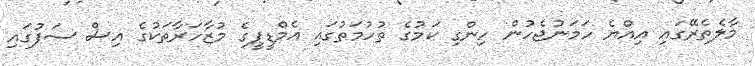
މާލެތެރޭގައި އިއްޔެ ހަމަނުޖެހުން ހިންގި ކަމުގެ ތުހުމަތުގައި އެމްޑީޕީގެ މުޒާހަރާތަކުގެ އިސް ސަފުގައި